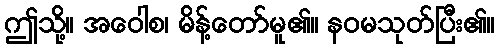
ဤသို့။ အဝေါစ၊ မိန့်တော်မူ၏။ နဝမသုတ်ပြီး၏။